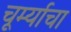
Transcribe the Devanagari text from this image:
चूर्म्याचा